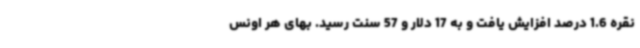
نقره 1.6 درصد افزایش یافت و به 17 دلار و 57 سنت رسید. بهای هر اونس